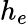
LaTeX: h_{e}